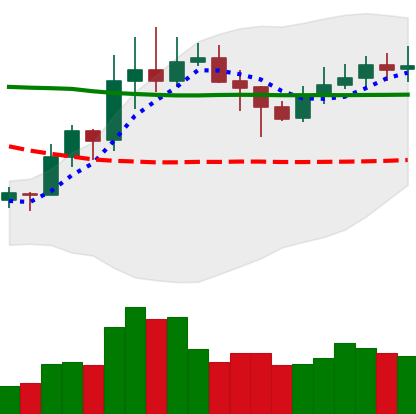
Ticker: XLM-USD
Chart end date: 2020-01-31
Forward return: 11.663%
Label: up_7plus